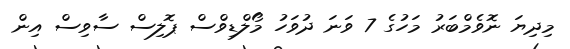
މިދިޔަ ނޮވެމްބަރު މަހުގެ 7 ވަނަ ދުވަހު މޯލްޑިވްސް ޕޮލިސް ސާވިސް އިން